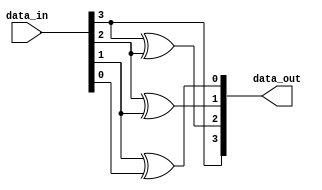
module binary_to_grey_converter(data_in,data_out);
	input [3:0] data_in;
	output [3:0]data_out;


assign data_out[3] = data_in[3];
assign data_out[2] = data_in[3] ^ data_in[2];
assign data_out[1] = data_in[2] ^ data_in[1];
assign data_out[0] = data_in[1] ^ data_in[0];

endmodule